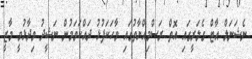
ނެޝަނަލް އާޓް ގެލަރީގައި އޮތް ރަސްމިއްޔާތުގައި ވާހަކަފުޅު ދައްކަވަމުން ނަޝީދު ވިދާޅުވީ މާޒީ